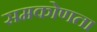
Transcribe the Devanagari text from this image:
समकोणता